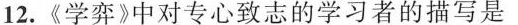
12.《学弈3中对专心致志的学习者的描写是